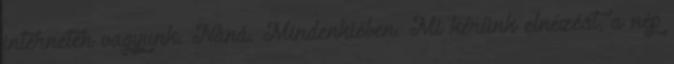
interneten vagyunk. Naná. Mindenkiében. Mi kérünk elnézést, a nép